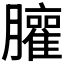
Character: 𰯩